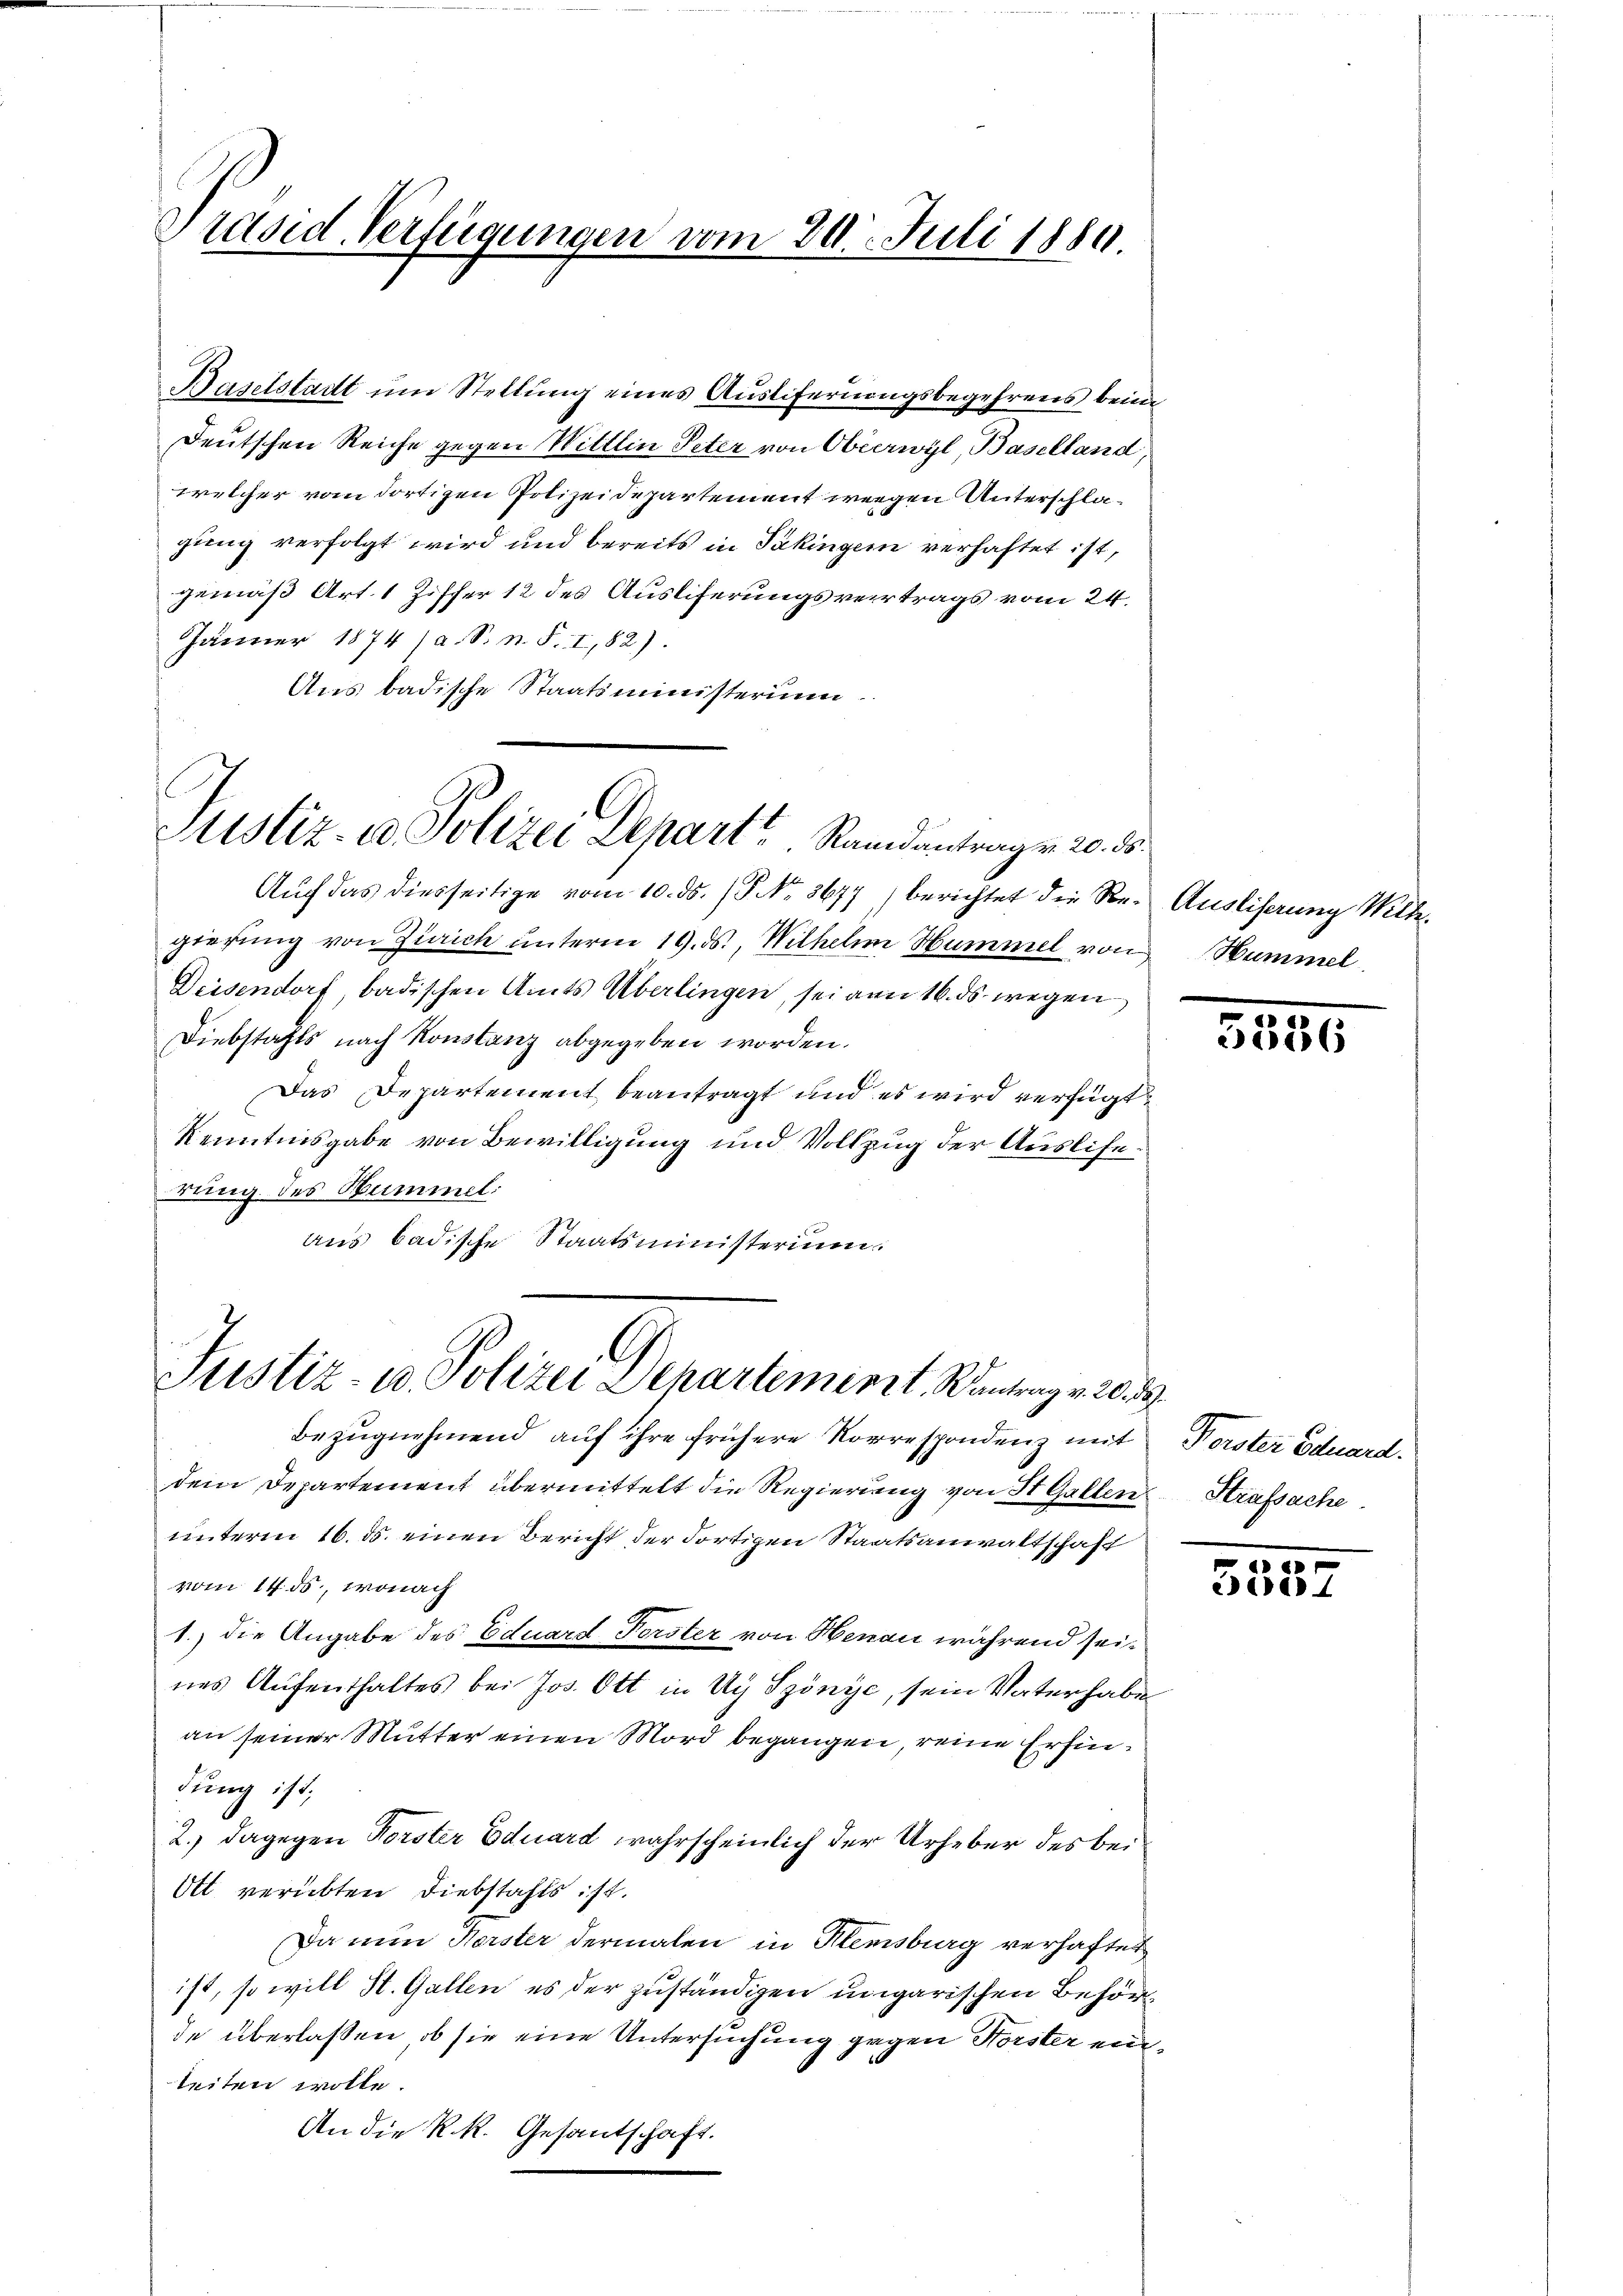
Präsid. Verfügungen vom 20. Juli 1880

Baselstadt um Stellung eines Austifernungsbegehrens beim
Deutschen Reiche gegen Wittlin Peter von Oberwyl, Baselland
welcher vom dortigen Polizeidepartement weegen Unterschlägung verfolgt wird und bereits in Säkingen verhaftet ist,
gemäß Art. 1 Ziffer 12 des Ausliferungsvertrags vom 24.
Jänner 1874 (a. S. n. F. 1,82).
Aus badische Staatsministerium.

Justiz- u. Polizei Depart Raandantragen 20. d.

Aŭf das diesseitige vom 10. ds. (T. No. 3677) berichtet die Re- Ausliserung Wilte.
gierung von Zürich unterm 19. ds., Wilhelm Hummel von Hummel
Deisendorf, badischen Amts Überlingen, sei ann 16. ds wegen
Diebstahls nach Konstanz abgegeben worden.
Das Departement beantragt und es wird verfügt
Kenntnisgabe von Bewilligung und Vollzug der Ausliferung des Hummel:
Aus badische Staatsministerium.

Justiz- u. Polizei Departement Ramberg. 209.

Bezugnehmend auf ihre frühere Korrespondenz mit
dem Departement übermittelt die Regierung von St. Gallen Strafsache
unterm 16. ds. einen Bericht der dortigen Staatsanwaltschaft
vom 14. ds., wonach
1.) die Angabe des Eduard Forster von Henau während seines Aufenthaltes bei Jos. Ott in Ug Szönye, sein Vaterhaben
an seiner Mutter einen Mord begangen, reine Erfindung ist;
2.) dagegen Forster Eduard wahrscheinlich der Urheber des bei¬
Ott verübten Diebstahls ist.
Da nun Forster dermalen in Klemsburg verhaftet
ist, so will St. Gallen, es der zuständigen ungarischen Behörde überlaßen, ob sie eine Untersuchung gegen Forster eine
teiten wolle.
An die R. R. Gesantschaft.

.
5806

Forster Eduard.

30
eed